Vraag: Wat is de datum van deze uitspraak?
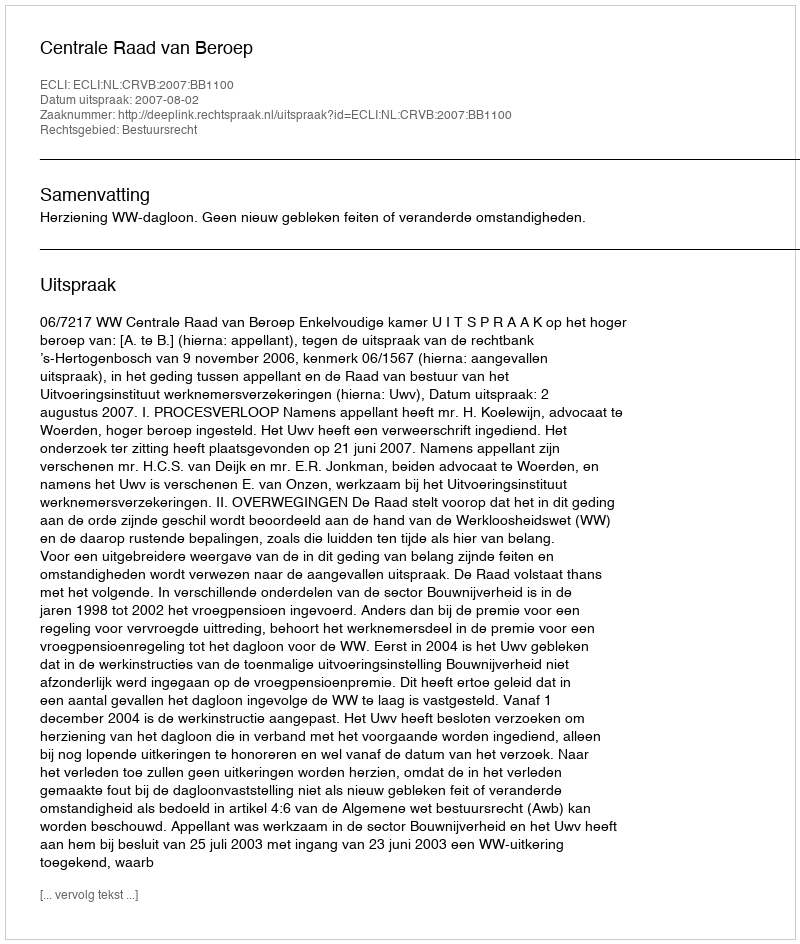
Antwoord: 2007-08-02